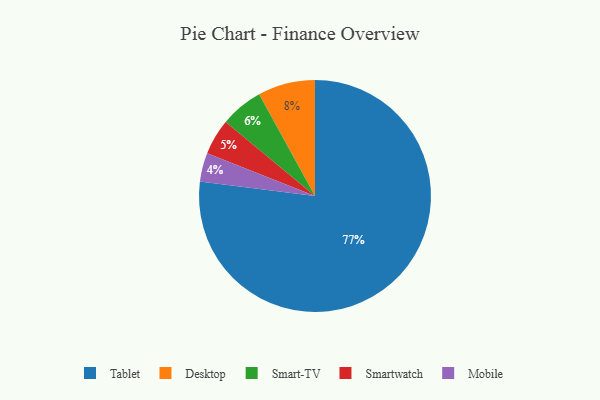
{"axis": {"x": "Category", "y": "Percentage"}, "legend": ["Desktop", "Mobile", "Smart-TV", "Smartwatch", "Tablet"], "data": [{"x": "Smartwatch", "y": 5, "type": "Smartwatch"}, {"x": "Tablet", "y": 77, "type": "Tablet"}, {"x": "Mobile", "y": 4, "type": "Mobile"}, {"x": "Desktop", "y": 8, "type": "Desktop"}, {"x": "Smart-TV", "y": 6, "type": "Smart-TV"}]}